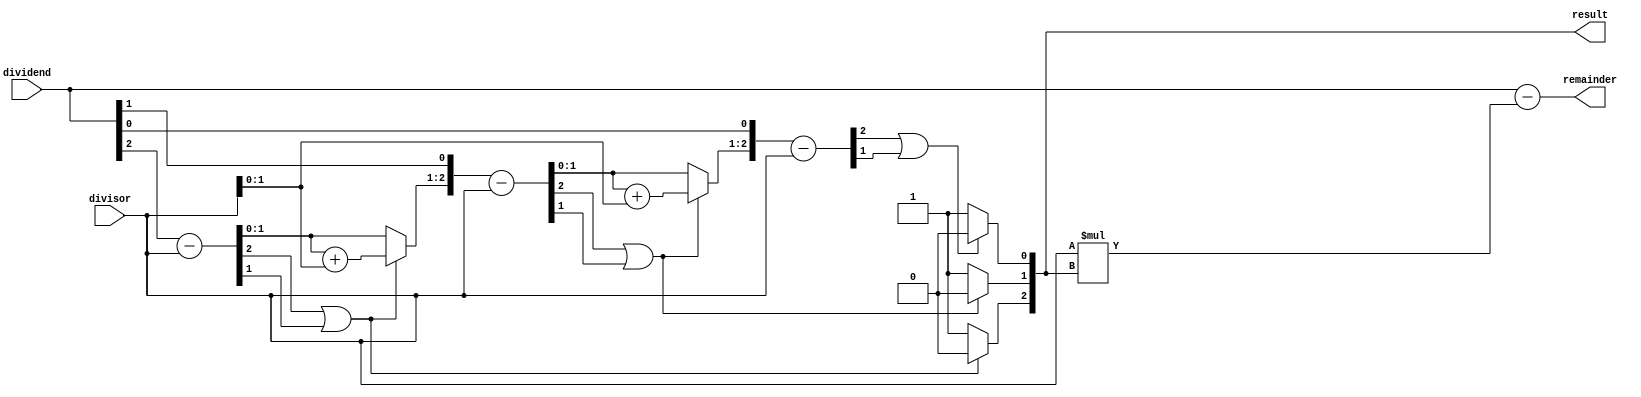
module fast_DA(divisor, dividend, remainder, result);

  input [2:0] divisor, dividend;
  output reg [2:0] result, remainder;

  // Variables
  reg [2:0] divisor_copy, dividend_copy;
  reg [2:0] temp;
  reg [1:0] i;

  always @(divisor or dividend)
  begin
    divisor_copy = divisor;
    dividend_copy = dividend;
    temp = 0;

    for (i = 0; i < 3; i = i + 1)
    begin
      temp = temp << 1;
      temp[0] = dividend_copy[2];
      dividend_copy = dividend_copy << 1;

      temp = temp - divisor_copy;

      if (temp[2] == 1 || temp[1] == 1)
      begin
        dividend_copy[0] = 0;
        temp = temp + divisor_copy;
      end
      else
      begin
        dividend_copy[0] = 1;
      end
    end

    result = dividend_copy;
    remainder = dividend - (divisor_copy * dividend_copy);
  end
endmodule